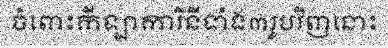
ចំពោះកីឡាការិនីទាំង៣រូបវិញនោះ